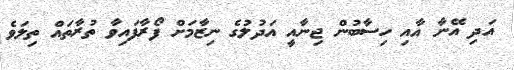
އަދި އޭނާ އާއި ހިސާބުން ޖިނާއީ އަދުލުގެ ނިޒާމަށް ފޯރާފައިވާ ތުރާތައް ތިލަވެ